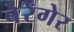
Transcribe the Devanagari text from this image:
बेर्रेंगेर